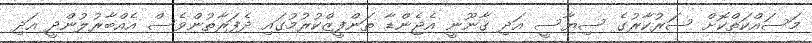
މަސައްކަތްކޮށް ސަރުކާރުގެ ސިޔާސީ އަދި ޤާނޫނީ އެޖެންޑާ ތަންފީޒްކުރުމުގައި ދެފަރާތުންވެސް އެއްބާރުލުންދީ އަދި